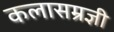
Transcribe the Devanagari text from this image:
कलासम्रज्ञी